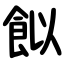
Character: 䬮